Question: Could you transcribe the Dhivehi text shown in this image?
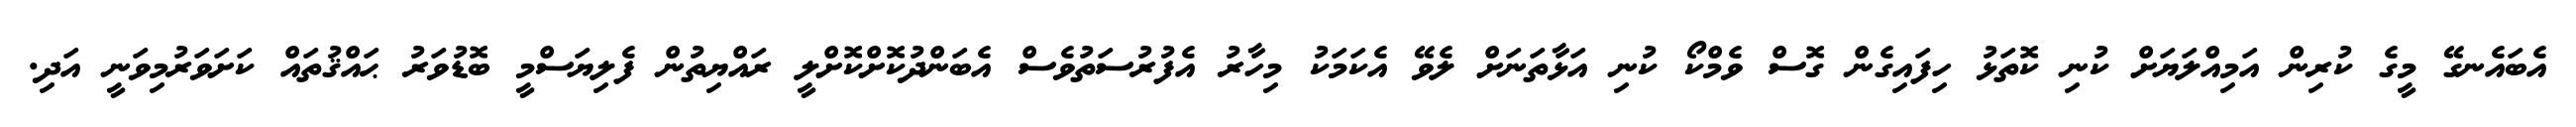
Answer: އެބައެނގޭ މީގެ ކުރިން އަމިއްލަޔަށް ކުނި ކޮތަޅު ހިފައިގެން ގޮސް ވެމްކޯ ކުނި އަޅާތަނަށް ލެވޭ އެކަމަކު މިހާރު އެފުރުސަތުވެސް އެބަންދުކޮށްކޮށްލީ ރައްޔިތުން ފެލިޔަސްމީ ބޮޑުވަރު ޙައްޤުތައް ކަށަވަރުމިވަނީ އަދި.